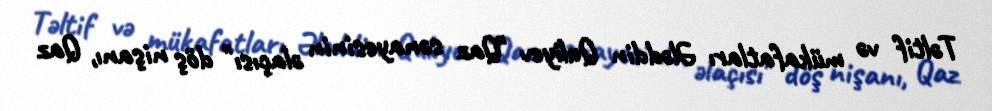
Təltif və mükafatları Ələddin Quliyev "Qaz sənayesinin əlaçısı" döş nişanı, Qaz